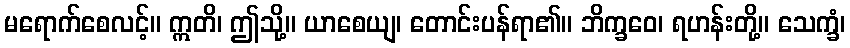
မရောက်စေလင့်။ ဣတိ၊ ဤသို့။ ယာစေယျ၊ တောင်းပန်ရာ၏။ ဘိက္ခဝေ၊ ရဟန်းတို့။ သေက္ခံ၊